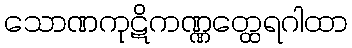
သောဏကုဋိကဏ္ဏတ္ထေရဂါထာ